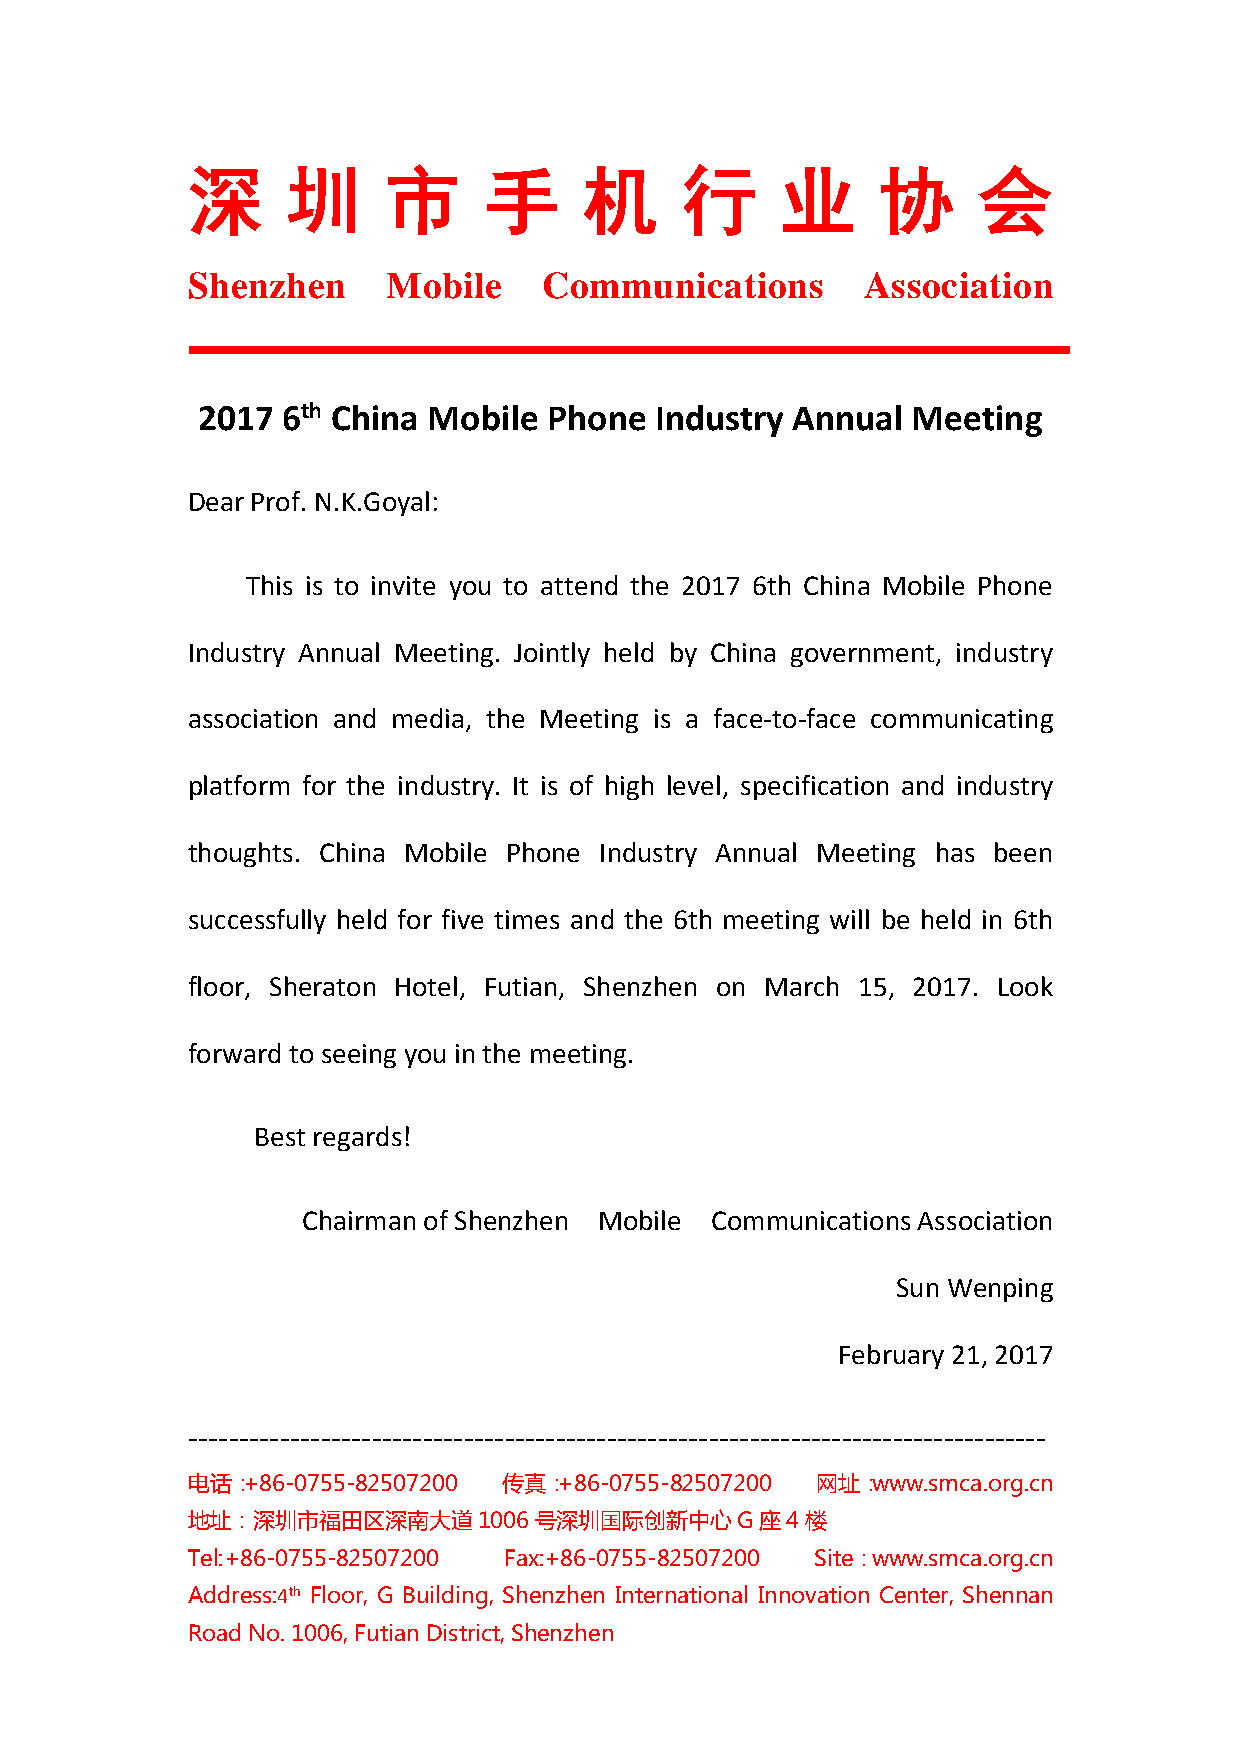
深      圳     市      手      机     行      业     协      会
 Shenzhen      Mobile    Communications       Association
 2017  6th China Mobile Phone  Industry Annual  Meeting
 Dear Prof. N.K.Goyal:
 This is to invite you to attend the 2017 6th China Mobile Phone
 Industry Annual Meeting. Jointly held by China government, industry
 association and media, the Meeting is a face-to-face communicating
 platform for the industry. It is of high level, specification and industry
 thoughts. China Mobile Phone Industry Annual Meeting has been
 successfully held for five times and the 6th meeting will be held in 6th
 floor, Sheraton Hotel, Futian, Shenzhen on March 15, 2017. Look
 forward to seeing you in the meeting.
 Best regards!
 Chairman of Shenzhen Mobile Communications Association
 Sun Wenping
 February 21, 2017
 ------------------------------------------------------------------------------------
 电话：+86-0755-82507200 传真：+86-0755-82507200 网址：www.smca.org.cn
 地址：深圳市福田区深南大道1006号深圳国际创新中心G座4楼
 Tel:+86-0755-82507200 Fax:+86-0755-82507200 Site：www.smca.org.cn
 Address:4th Floor, G Building, Shenzhen International Innovation Center, Shennan
 Road No. 1006, Futian District, Shenzhen